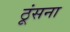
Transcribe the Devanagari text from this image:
ठूंसना